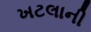
ખટલાની